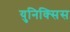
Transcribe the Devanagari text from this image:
युनिक्सिस